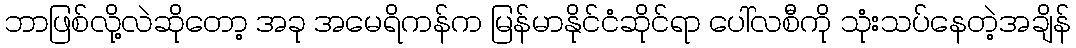
ဘာဖြစ်လို့လဲဆိုတော့ အခု အမေရိကန်က မြန်မာနိုင်ငံဆိုင်ရာ ပေါ်လစီကို သုံးသပ်နေတဲ့အချိန်